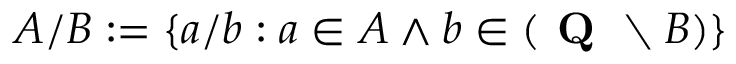
A / B : = \{ a / b : a \in A \land b \in ( { \textbf { Q } } \setminus B ) \}